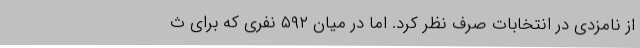
از نامزدی در انتخابات صرف نظر کرد. اما در میان ۵۹۲ نفری که برای ث